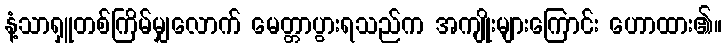
နံ့သာရှူတစ်ကြိမ်မျှလောက် မေတ္တာပွားရသည်က အကျိုးများကြောင်း ဟောထား၏။